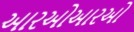
આરઓઆરઓ